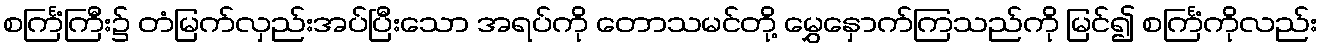
စင်္ကြံကြီး၌ တံမြက်လှည်းအပ်ပြီးသော အရပ်ကို တောသမင်တို့ မွှေနှောက်ကြသည်ကို မြင်၍ စင်္ကြံကိုလည်း